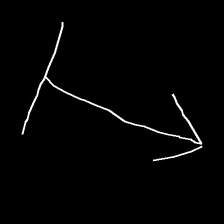
Glyph: levitation